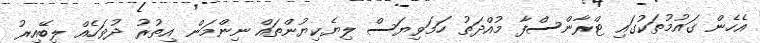
އެހެން ގައުމުތަކުގައި ޓްރާންސްފާ މުއްދަތު ހަމަވިޔަސް ލިޔެކިޔުންތައް ނިންމަން އިތުރު ދުވަހެއް ލިބޭއިރު